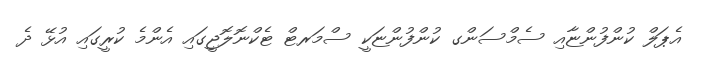
އެޕަލް ކުންފުންޏާއި ސެމްސަންގ ކުންފުންޏަކީ ސްމަރޓް ޓެކްނޮލޮޖީގައި އެންމެ ކުރީގައި އުޅޭ ދެ